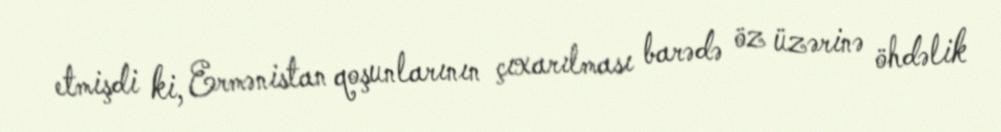
etmişdi ki, Ermənistan qoşunlarının çıxarılması barədə öz üzərinə öhdəlik